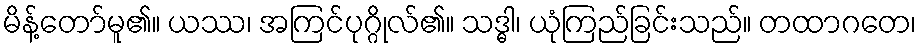
မိန့်တော်မူ၏။ ယဿ၊ အကြင်ပုဂ္ဂိုလ်၏။ သဒ္ဓါ၊ ယုံကြည်ခြင်းသည်။ တထာဂတေ၊